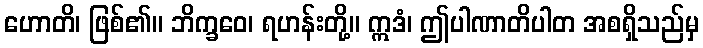
ဟောတိ၊ ဖြစ်၏။ ဘိက္ခဝေ၊ ရဟန်းတို့။ ဣဒံ၊ ဤပါဏာတိပါတ အစရှိသည်မှ